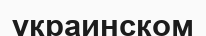
украинском